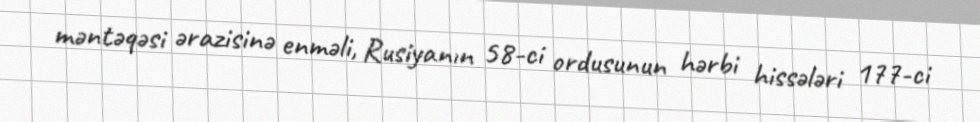
məntəqəsi ərazisinə enməli, Rusiyanın 58-ci ordusunun hərbi hissələri 177-ci